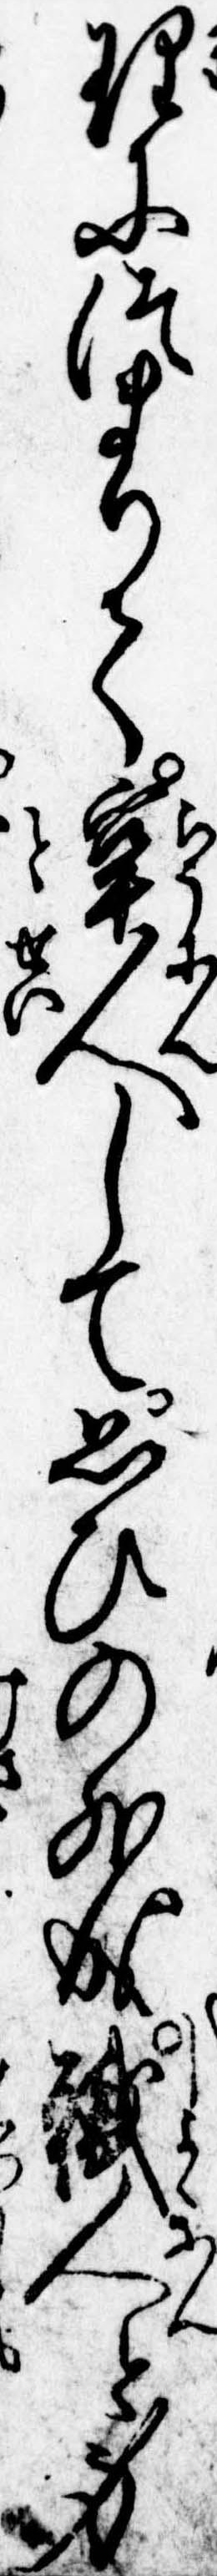
理につまりて牢人して思ひの外成職人と身